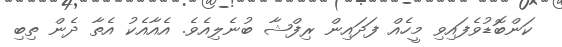
ކަންބޮޑުވެފައިވި މީހެއް ފަދައިން ރިފްޝާ ބުނެލިއެވެ. އެއާއެކު އެތާ ދެން ތިބި